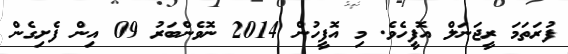
ފުރަތަމަ ރީޖަނަލް އޮފީހެވެ. މި އޮފީހުން 2014 ނޮވެންބަރު 09 އިން ފެށިގެން